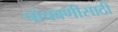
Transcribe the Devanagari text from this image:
पोचवणीसाठी